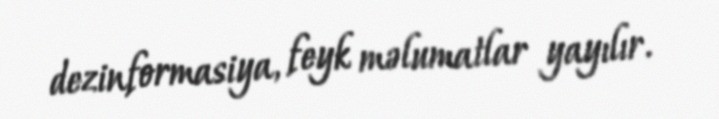
dezinformasiya, feyk məlumatlar yayılır.